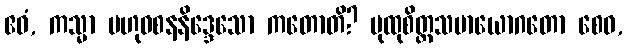
ဧဝံ, ကသ္မာ ဗဟုဝစနနိဒ္ဒေသော ကတောတိ? ပုထုစိတ္တသမာယောဂတော စေဝ,